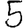
Digit: 5